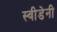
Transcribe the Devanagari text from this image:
स्वीडेनी